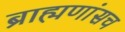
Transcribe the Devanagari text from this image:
ब्राह्मणांसच